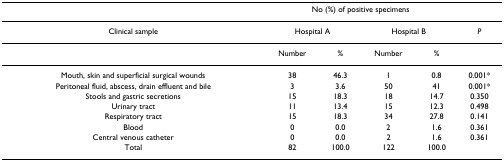
<table><thead><tr><td></td><td colspan="4"><b>No (%) of positive specimens</b></td><td></td></tr></thead><tbody><tr><td>Clinical sample</td><td colspan="2">Hospital A</td><td colspan="2">Hospital B</td><td><i>P</i></td></tr><tr><td></td><td>Number</td><td>%</td><td>Number</td><td>%</td><td></td></tr><tr><td>Mouth, skin and superficial surgical wounds</td><td>38</td><td>46.3</td><td>1</td><td>0.8</td><td>0.001*</td></tr><tr><td>Peritoneal fluid, abscess, drain effluent and bile</td><td>3</td><td>3.6</td><td>50</td><td>41</td><td>0.001*</td></tr><tr><td>Stools and gastric secretions</td><td>15</td><td>18.3</td><td>18</td><td>14.7</td><td>0.350</td></tr><tr><td>Urinary tract</td><td>11</td><td>13.4</td><td>15</td><td>12.3</td><td>0.498</td></tr><tr><td>Respiratory tract</td><td>15</td><td>18.3</td><td>34</td><td>27.8</td><td>0.141</td></tr><tr><td>Blood</td><td>0</td><td>0.0</td><td>2</td><td>1.6</td><td>0.361</td></tr><tr><td>Central venous catheter</td><td>0</td><td>0.0</td><td>2</td><td>1.6</td><td>0.361</td></tr><tr><td>Total</td><td>82</td><td>100.0</td><td>122</td><td>100.0</td><td></td></tr></tbody></table>